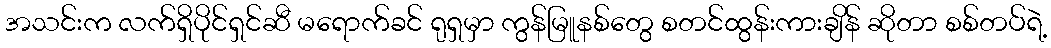
အသင်းက လက်ရှိပိုင်ရှင်ဆီ မရောက်ခင် ရုရှမှာ ကွန်မြူနစ်တွေ စတင်ထွန်းကားချိန် ဆိုတာ စစ်တပ်ရဲ့